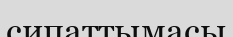
сипаттымасы